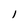
Character: l